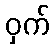
ဝှက်